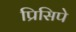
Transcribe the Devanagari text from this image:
प्रिसिपे